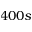
4 0 0 s